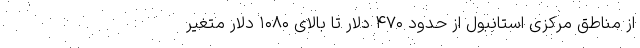
از مناطق مرکزی استانبول از حدود ۴۷۰ دلار تا بالای ۱۰۸۰ دلار متغیر